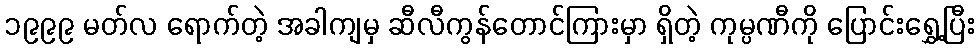
၁၉၉၉ မတ်လ ရောက်တဲ့ အခါကျမှ ဆီလီကွန်တောင်ကြားမှာ ရှိတဲ့ ကုမ္ပဏီကို ပြောင်းရွှေ့ပြီး